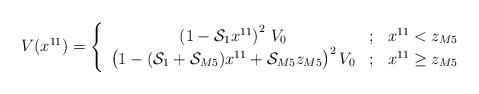
LaTeX: \begin{align*}V(x^{11}) = \left\{ \begin{array}{ccc} \left(1-{\cal S}_1 x^{11}\right)^2\, V_0 & ; & x^{11} < z_{M5} \\ \big(1-({\cal S}_1+{\cal S}_{M5})x^{11}+{\cal S}_{M5} z_{M5}\big)^2\, V_0 & ; & x^{11}\ge z_{M5} \end{array} \right.\end{align*}